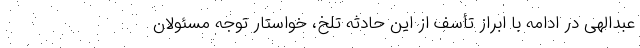
عبدالهی در ادامه با ابراز تأسف از این حادثه تلخ، خواستار توجه مسئولان